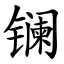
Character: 镧